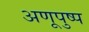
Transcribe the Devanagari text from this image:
अणूपुष्प